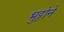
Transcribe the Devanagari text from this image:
भुट्टोने